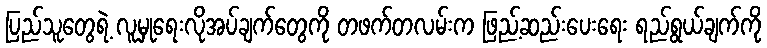
ပြည်သူတွေရဲ့ လူမှုရေးလိုအပ်ချက်တွေကို တဖက်တလမ်းက ဖြည့်ဆည်းပေးရေး ရည်ရွယ်ချက်ကို